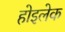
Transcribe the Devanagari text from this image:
होइलेक